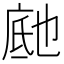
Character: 𬼰